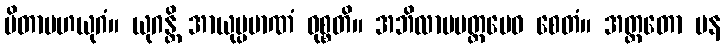
ပိတာမဟယုဂံ။ ယုဂန္တိ အာယုပ္ပမာဏံ ဝုစ္စတိ။ အဘိလာပမတ္တမေဝ စေတံ။ အတ္ထတော ပန